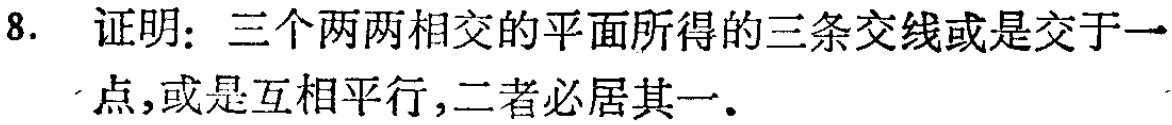
8. 证明：三个两两相交的平面所得的三条交线或是交于一点，或是互相平行，二者必居其一.